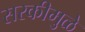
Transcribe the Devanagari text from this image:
सरकीमुळे